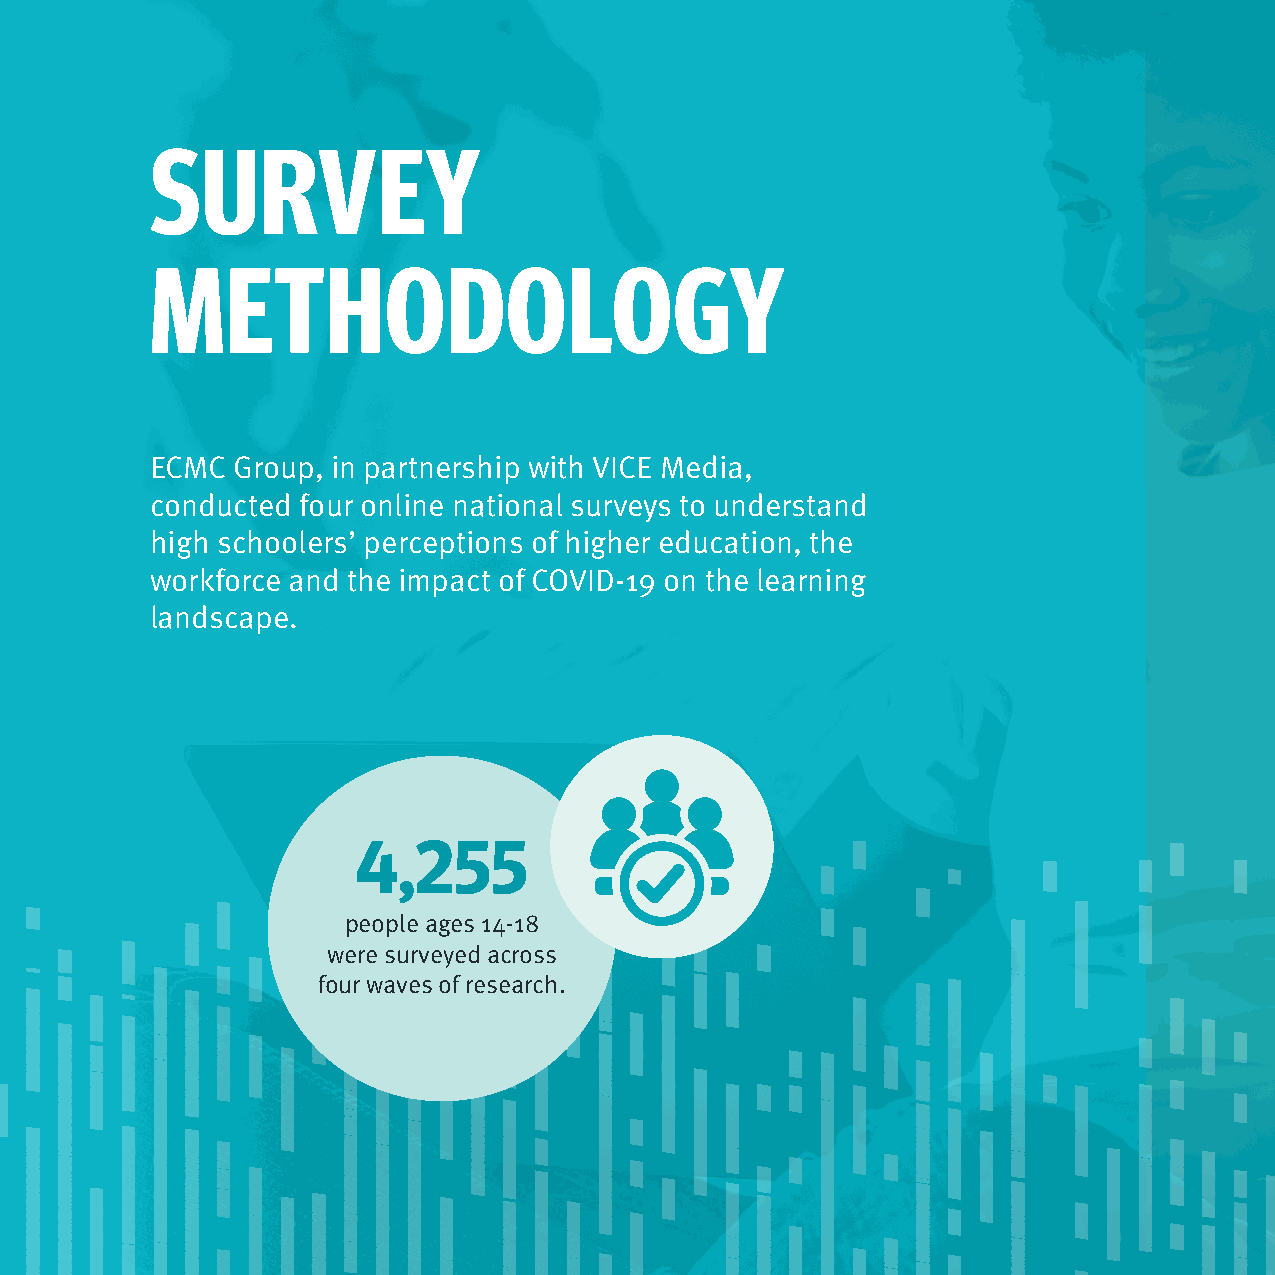
SURVEY
 METHODOLOGY
 ECMC Group, in partnership with VICE Media,
 conducted four online national surveys to understand
 high schoolers’ perceptions of higher education, the
 workforce and the impact of COVID-19 on the learning
 landscape.
 4,255
 people ages 14-18
 were surveyed across
 four waves of research.